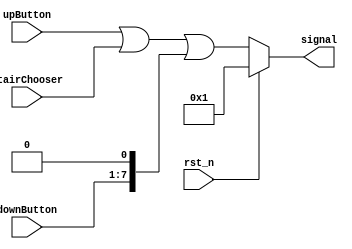
module signalDeal(
    input [6:0] upButton,
    input [7:1] downButton,
    input [7:0] stairChooser,
    input rst_n,
    output reg [7:0] signal
);
// 

always @(*)
begin
	if(rst_n)
	begin
	signal <= 8'b00000001;
	end
	else
	begin
		signal <= ({1'b0,upButton}|stairChooser)|{downButton,1'b0};
	end
end
endmodule